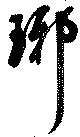
琊